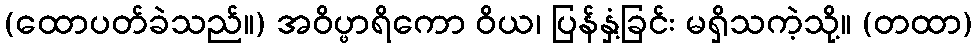
(ထောပတ်ခဲသည်။) အဝိပ္ဖာရိကော ဝိယ၊ ပြန်နှံ့ခြင်း မရှိသကဲ့သို့။ (တထာ)